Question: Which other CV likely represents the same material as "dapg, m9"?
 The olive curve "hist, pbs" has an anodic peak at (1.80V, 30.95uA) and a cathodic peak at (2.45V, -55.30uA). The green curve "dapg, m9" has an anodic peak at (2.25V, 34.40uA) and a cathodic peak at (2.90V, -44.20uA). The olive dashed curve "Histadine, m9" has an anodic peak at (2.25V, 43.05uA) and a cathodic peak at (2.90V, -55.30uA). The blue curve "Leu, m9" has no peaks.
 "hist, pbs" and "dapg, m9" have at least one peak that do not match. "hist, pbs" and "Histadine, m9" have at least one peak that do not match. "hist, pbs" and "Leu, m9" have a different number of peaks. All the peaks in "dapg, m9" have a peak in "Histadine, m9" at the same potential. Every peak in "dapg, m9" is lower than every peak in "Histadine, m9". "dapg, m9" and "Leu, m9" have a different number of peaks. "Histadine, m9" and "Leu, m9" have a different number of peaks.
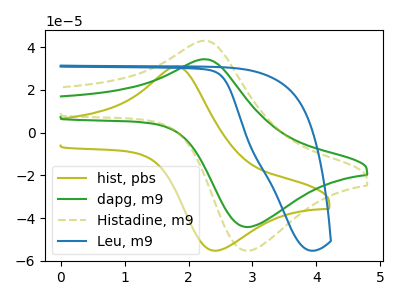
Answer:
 <answer>The CV with the most similar shape to "Histadine, m9" is "dapg, m9".</answer>
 <eval>"dapg, m9"</eval>